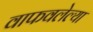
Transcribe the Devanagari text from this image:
वाफवलेल्या